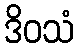
ဒိဝသံ